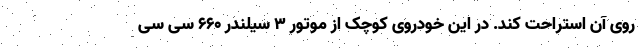
روی آن استراحت کند. در این خودروی کوچک از موتور 3 سیلندر 660 سی سی